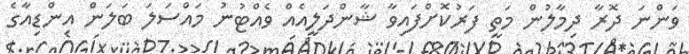
ވަންނަ ދޮރާ ދިމާލުން މަތީ ފަރުކޮށްފައިވާ ޝާންދަލީއެއް ވެއްޓުނު މައްސަލަ ބަލަން އިންޑިއާގެ